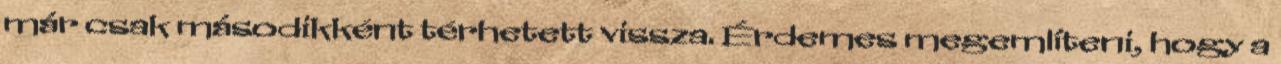
már csak másodikként térhetett vissza. Érdemes megemlíteni, hogy a